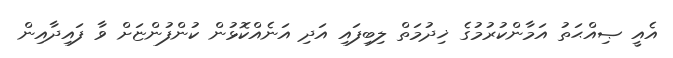
އެއީ ޞިއްޙަތު އަމާންކުރުމުގެ ޚިދުމަތް ލިބިފައި އަދި އަނެއްކޮޅުން ކުންފުންޏަށް ވާ ފައިދާއިން